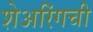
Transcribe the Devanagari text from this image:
शेअरिंगची